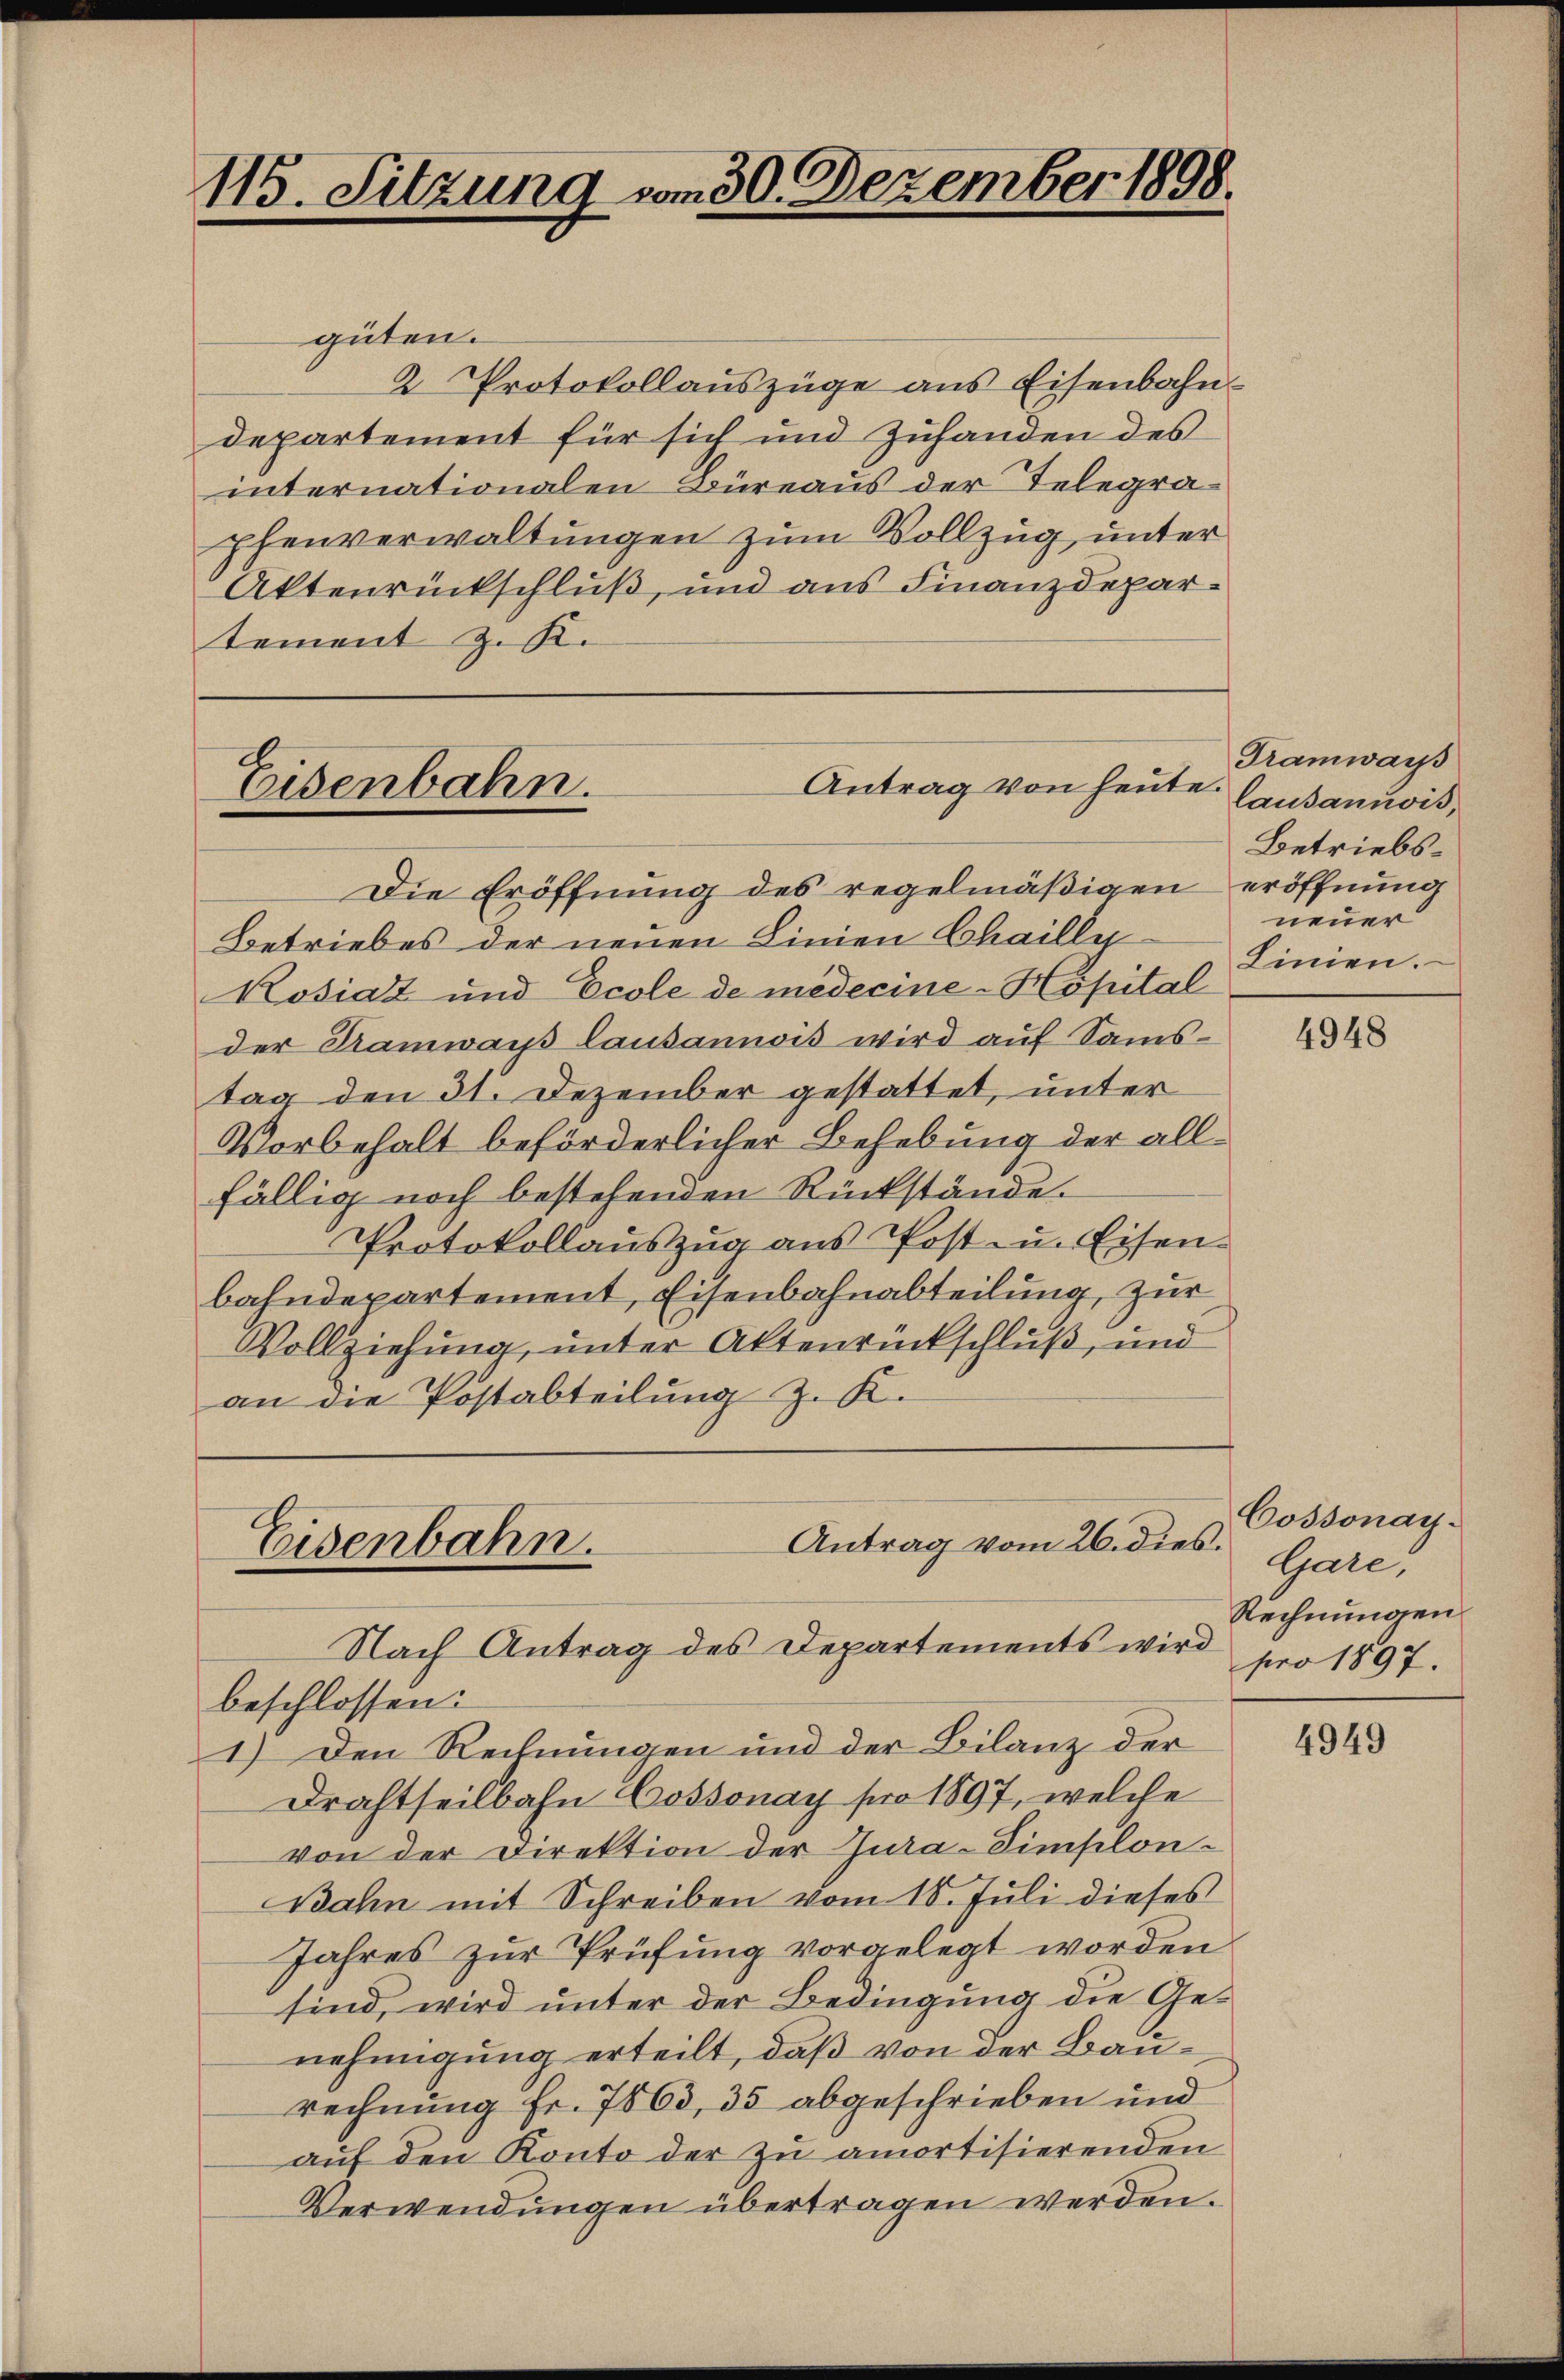
115. Sitzung vom 30. Dezember 1898.

güten.
2 Protokollauszüge aus Eisenbahn-
departement für sich und Zuhanden des
internationalen Büreaus der Telegraphenverwaltungen zum Vollzug, unter
Aktenrückschluß, und aus Finanzdepartement z. K.

Antrag von heute.
Eisenbahn.

Die Eröffnung des regelmäßigen eröffnung
Betriebes der neuen Linien Chaille
Kosiaz und Ecole de médecine-Hopital
der Ramwars lausannois wird auf Samstag den 31. Dezember gestattet, unter
Vorbehalt beförderlicher Behebung der allfällig noch bestehenden Rückstände.
Protokollauszug aus Post u. Eisenbahndepartement, Eisenbahnabteilung, zur
Vollziehung, unter Aktenrückschluß, und
an die Postabteilung z. K.

Antrag vom 26. dies.
Eisenbahn.
Nach Antrag des Departements wird

beschlossen:
1.) Den Rechnungen und der Bilanz der
Drahtheilbahn Cossonay pro 1897, welche
von der Direktion der Jura-Simplon¬
Bahn mit Schreiben vom 18. Juli dieses
Jahres zur Prüfung vorgelegt worden
sind, wird unter der Bedingung die Genehmigung erteilt, daß von der Baurechnung Fr. 7863, 35 abgeschrieben und
auf den Konto der zu amortisierenden
Verwendungen übertragen werden.

Tramwars
lausannvis,
Betriebsneuer
Linien.

4948

Cossonay-
Gare,
Rechnungen
pro 1897.

4949